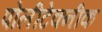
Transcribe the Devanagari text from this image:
पोलीटेक्नीक